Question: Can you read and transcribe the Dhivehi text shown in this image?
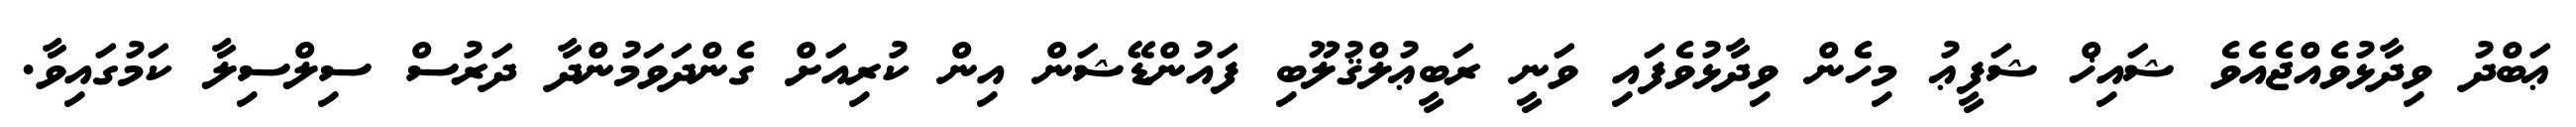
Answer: ޢަބްދު ވިދާޅުވެއްޖެއެވެ ޝައިޚް ޝަފީޢު މިހެން ވިދާޅުވެފައި ވަނީ ރަބީޢުލްޤުލޫބި ފައުންޑޭޝަން އިން ކުރިއަށް ގެންދަވަމުންދާ ދަރުސް ސިލްސިލާ ކަމުގައިވާ.